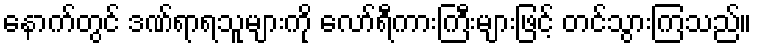
နောက်တွင် ဒဏ်ရာရသူများကို လော်ရီကားကြီးများဖြင့် တင်သွားကြသည်။